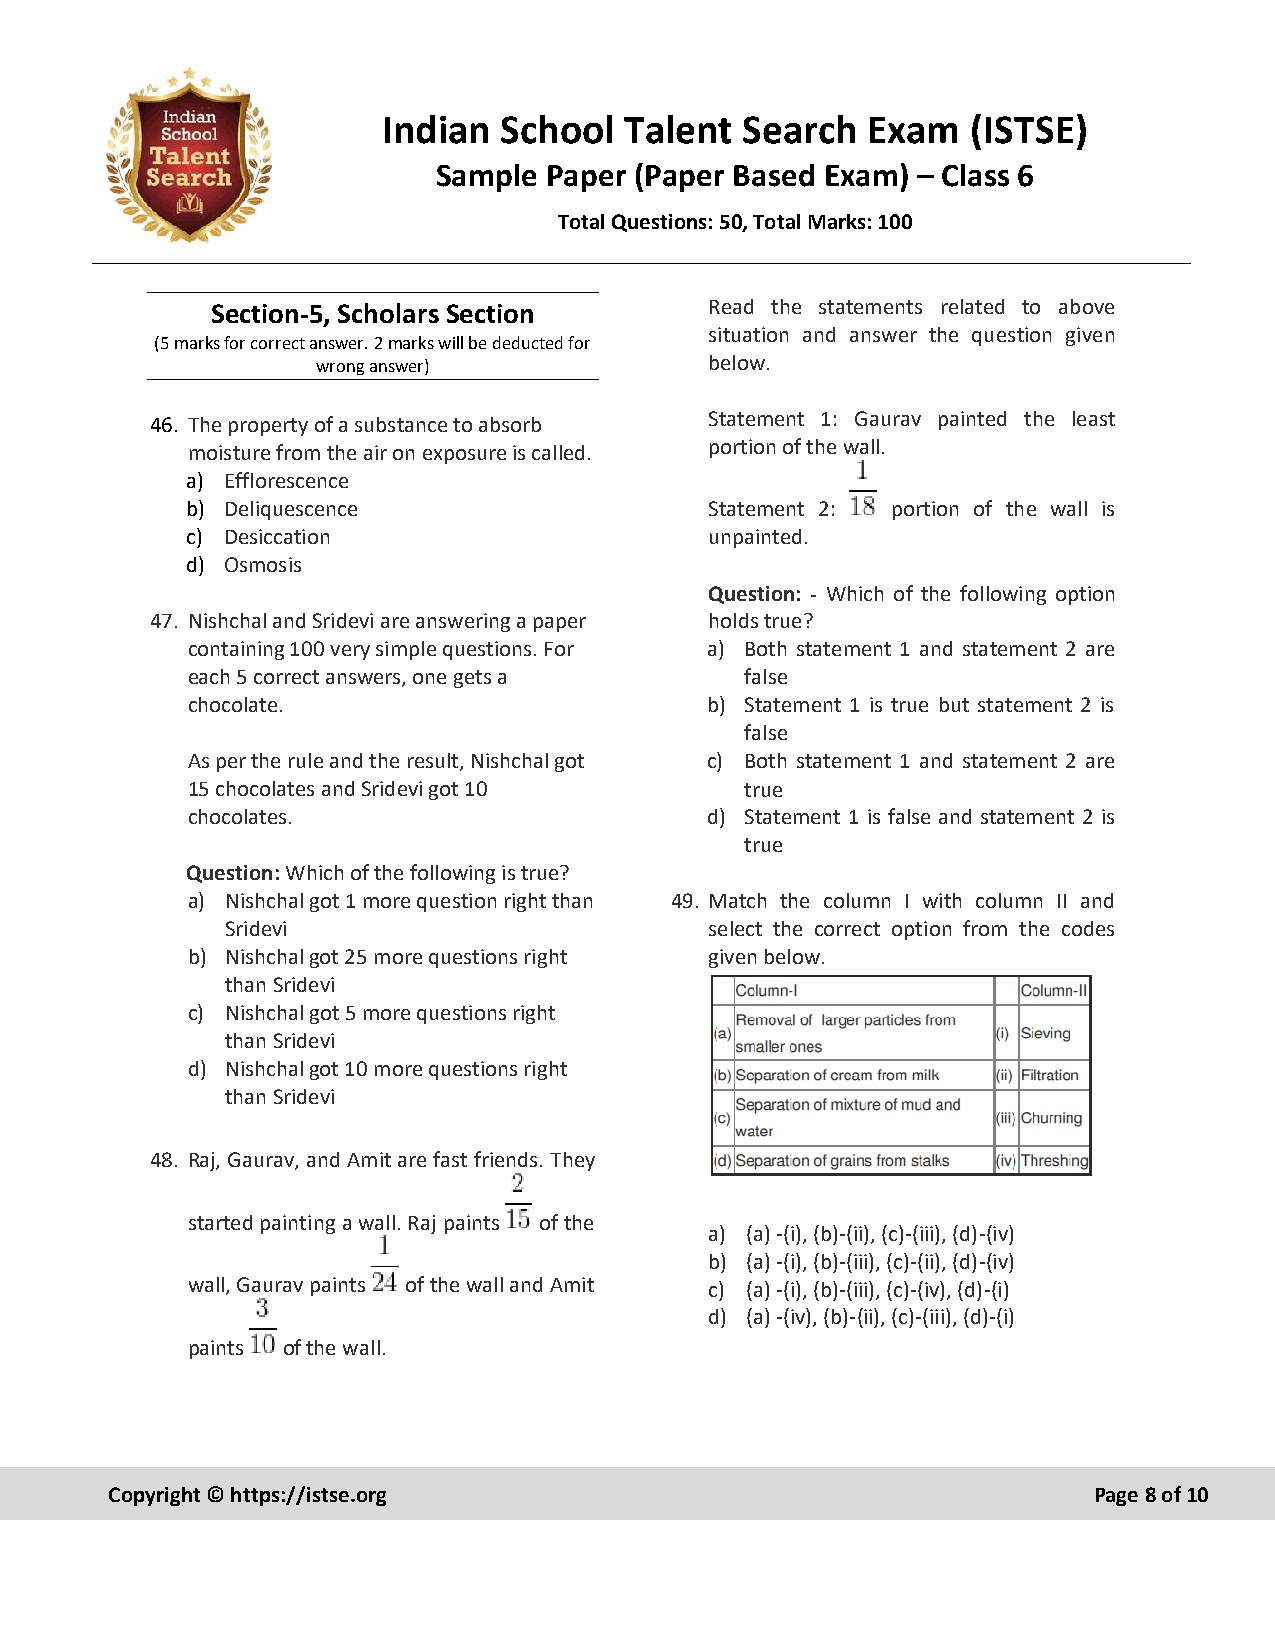
Indian  School  Talent  Search  Exam   (ISTSE)
 Sample Paper (Paper Based Exam) – Class 6
 Total Questions: 50, Total Marks: 100
 Section-5, Scholars Section      Read the statements related to above
 situation and answer the question given
 (5 marks for correct answer. 2 marks will be deducted for
 wrong answer)             below.
 46. The property of a substance to absorb Statement 1: Gaurav painted the least
 moisture from the air on exposure is called. portion of the wall.
 a) Efflorescence
 b) Deliquescence                   Statement 2: portion of the wall is
 c) Desiccation                     unpainted.
 d) Osmosis
 Question: - Which of the following option
 47. Nishchal and Sridevi are answering a paper holds true?
 containing 100 very simple questions. For a) Both statement 1 and statement 2 are
 each 5 correct answers, one gets a   false
 chocolate.                         b) Statement 1 is true but statement 2 is
 false
 As per the rule and the result, Nishchal got c) Both statement 1 and statement 2 are
 15 chocolates and Sridevi got 10     true
 chocolates.                        d) Statement 1 is false and statement 2 is
 true
 Question: Which of the following is true?
 a) Nishchal got 1 more question right than 49. Match the column I with column II and
 Sridevi                         select the correct option from the codes
 b) Nishchal got 25 more questions right given below.
 than Sridevi
 c) Nishchal got 5 more questions right
 than Sridevi
 d) Nishchal got 10 more questions right
 than Sridevi
 48. Raj, Gaurav, and Amit are fast friends. They
 started painting a wall. Raj paints of the
 a) (a) -(i), (b)-(ii), (c)-(iii), (d)-(iv)
 b) (a) -(i), (b)-(iii), (c)-(ii), (d)-(iv)
 wall, Gaurav paints of the wall and Amit c) (a) -(i), (b)-(iii), (c)-(iv), (d)-(i)
 d) (a) -(iv), (b)-(ii), (c)-(iii), (d)-(i)
 paints of the wall.
 Copyright © https://istse.org                                    Page 8 of 10